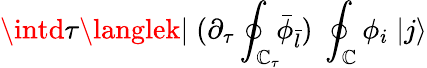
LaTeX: \intd\tau\langlek|\; (\partial_{\tau}\oint_{\mathbb{C}_{\tau}}\! \! {\bar{{\phi}}}_{\bar{{l}}})\; \oint_{\mathbb{C}}\phi_{i}\; |j\rangle